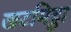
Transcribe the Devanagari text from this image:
खटमिट्ठा